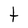
Character: t